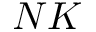
N K